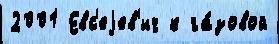
2001 Евс'еjев'ич к га́зовой